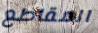
المقاطع